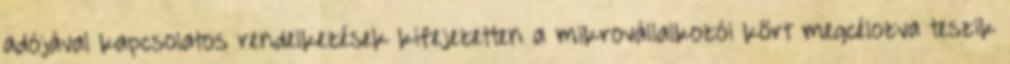
adójával kapcsolatos rendelkezések kifejezetten a mikrovállalkozói kört megcélozva teszik